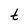
Character: t